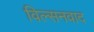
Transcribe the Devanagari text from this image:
विल्सनवाद